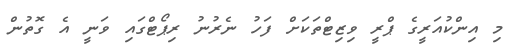
މި އިންކުއަރީގެ ޕްރީ ވިޒިޓްތަކަށް ފަހު ނެރުނު ރިޕޯޓްގައި ވަނީ އެ ގޮތުން